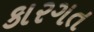
કારગત